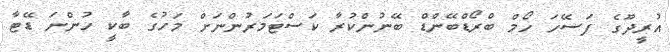
އުރީދޫގެ ފަސޭހަ ހޯމް ބްރޯޑްބޭންޑް ބޭނުންކުރާ ކަސްޓަމަރުންނަށް މަހުގެ ބާކީ ހުންނަ ޑޭޓާ